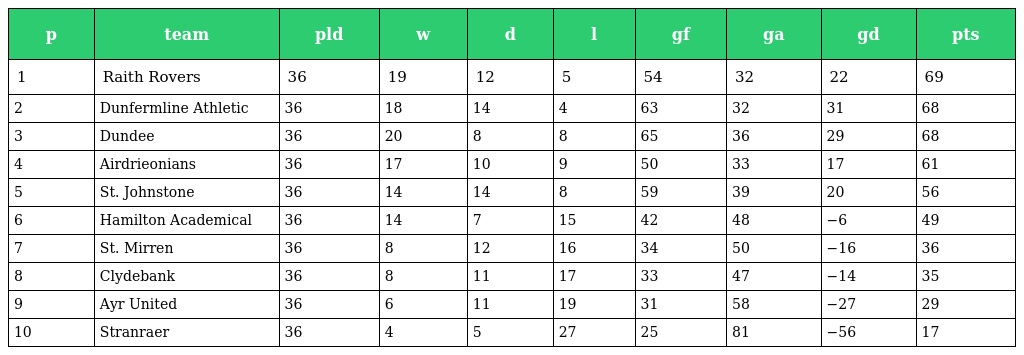
| p | team | pld | w | d | l | gf | ga | gd | pts |
 | --- | --- | --- | --- | --- | --- | --- | --- | --- | --- |
 | 1 | Raith Rovers | 36 | 19 | 12 | 5 | 54 | 32 | 22 | 69 |
 | 2 | Dunfermline Athletic | 36 | 18 | 14 | 4 | 63 | 32 | 31 | 68 |
 | 3 | Dundee | 36 | 20 | 8 | 8 | 65 | 36 | 29 | 68 |
 | 4 | Airdrieonians | 36 | 17 | 10 | 9 | 50 | 33 | 17 | 61 |
 | 5 | St. Johnstone | 36 | 14 | 14 | 8 | 59 | 39 | 20 | 56 |
 | 6 | Hamilton Academical | 36 | 14 | 7 | 15 | 42 | 48 | −6 | 49 |
 | 7 | St. Mirren | 36 | 8 | 12 | 16 | 34 | 50 | −16 | 36 |
 | 8 | Clydebank | 36 | 8 | 11 | 17 | 33 | 47 | −14 | 35 |
 | 9 | Ayr United | 36 | 6 | 11 | 19 | 31 | 58 | −27 | 29 |
 | 10 | Stranraer | 36 | 4 | 5 | 27 | 25 | 81 | −56 | 17 |